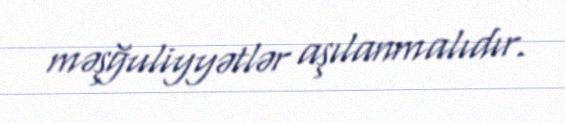
məşğuliyyətlər aşılanmalıdır.